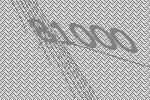
81000